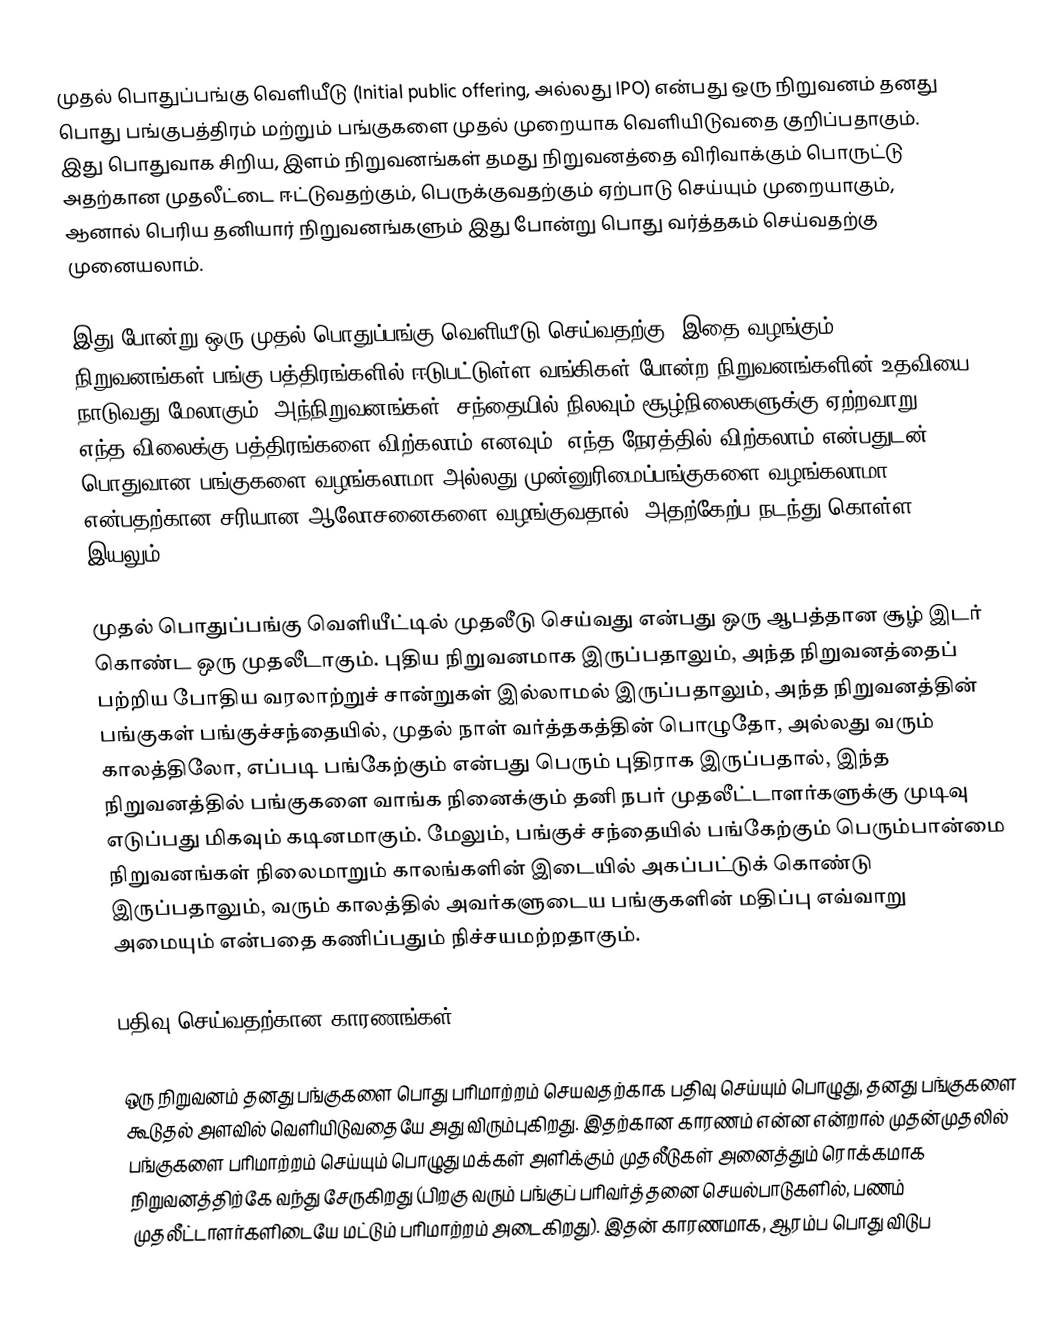
முதல் பொதுப்பங்கு வெளியீடு (Initial public offering, அல்லது IPO) என்பது ஒரு நிறுவனம் தனது பொது பங்குபத்திரம் மற்றும் பங்குகளை முதல் முறையாக வெளியிடுவதை குறிப்பதாகும். இது பொதுவாக சிறிய, இளம் நிறுவனங்கள் தமது நிறுவனத்தை விரிவாக்கும் பொருட்டு அதற்கான முதலீட்டை ஈட்டுவதற்கும், பெருக்குவதற்கும் ஏற்பாடு செய்யும் முறையாகும், ஆனால் பெரிய தனியார் நிறுவனங்களும் இது போன்று பொது வர்த்தகம் செய்வதற்கு முனையலாம்.

இது போன்று ஒரு முதல் பொதுப்பங்கு வெளியீடு செய்வதற்கு, இதை வழங்கும் நிறுவனங்கள் பங்கு பத்திரங்களில் ஈடுபட்டுள்ள வங்கிகள் போன்ற நிறுவனங்களின் உதவியை நாடுவது மேலாகும், அந்நிறுவனங்கள், சந்தையில் நிலவும் சூழ்நிலைகளுக்கு ஏற்றவாறு, எந்த விலைக்கு பத்திரங்களை விற்கலாம் எனவும், எந்த நேரத்தில் விற்கலாம் என்பதுடன் பொதுவான பங்குகளை வழங்கலாமா அல்லது முன்னுரிமைப்பங்குகளை வழங்கலாமா என்பதற்கான சரியான ஆலோசனைகளை வழங்குவதால், அதற்கேற்ப நடந்து கொள்ள இயலும்.

முதல் பொதுப்பங்கு வெளியீட்டில் முதலீடு செய்வது என்பது ஒரு ஆபத்தான சூழ் இடர் கொண்ட ஒரு முதலீடாகும். புதிய நிறுவனமாக இருப்பதாலும், அந்த நிறுவனத்தைப் பற்றிய போதிய வரலாற்றுச் சான்றுகள் இல்லாமல் இருப்பதாலும், அந்த நிறுவனத்தின் பங்குகள்  பங்குச்சந்தையில், முதல் நாள் வர்த்தகத்தின் பொழுதோ, அல்லது வரும் காலத்திலோ, எப்படி பங்கேற்கும் என்பது பெரும் புதிராக இருப்பதால், இந்த நிறுவனத்தில் பங்குகளை வாங்க நினைக்கும் தனி நபர் முதலீட்டாளர்களுக்கு முடிவு எடுப்பது மிகவும் கடினமாகும். மேலும், பங்குச் சந்தையில் பங்கேற்கும் பெரும்பான்மை நிறுவனங்கள் நிலைமாறும் காலங்களின் இடையில் அகப்பட்டுக் கொண்டு இருப்பதாலும், வரும் காலத்தில் அவர்களுடைய பங்குகளின் மதிப்பு எவ்வாறு அமையும் என்பதை கணிப்பதும் நிச்சயமற்றதாகும்.

பதிவு செய்வதற்கான காரணங்கள்

ஒரு நிறுவனம் தனது பங்குகளை பொது பரிமாற்றம் செயவதற்காக பதிவு செய்யும் பொழுது, தனது பங்குகளை கூடுதல் அளவில் வெளியிடுவதையே அது விரும்புகிறது. இதற்கான காரணம் என்ன என்றால் முதன்முதலில் பங்குகளை பரிமாற்றம் செய்யும் பொழுது மக்கள் அளிக்கும் முதலீடுகள் அனைத்தும் ரொக்கமாக நிறுவனத்திற்கே வந்து சேருகிறது (பிறகு வரும் பங்குப் பரிவர்த்தனை செயல்பாடுகளில், பணம் முதலீட்டாளர்களிடையே மட்டும் பரிமாற்றம் அடைகிறது). இதன் காரணமாக, ஆரம்ப பொது விடுப